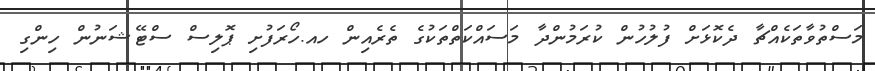
މަސްތުވާތަކެއްޗާ ދެކޮޅަށް ފުލުހުން ކުރަމުންދާ މަސައްކަތްތަކުގެ ތެރެއިން ހއ.ހޯރަފުށި ޕޮލިސް ސްޓޭޝަނުން ހިންގި